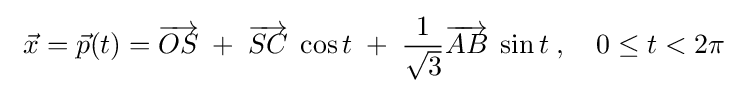
\ {\vec {x}}={\vec {p}}(t)={\overrightarrow {OS}}\;+\;{\overrightarrow {SC}}\;\cos t\;+\;{\frac {1}{\sqrt {3}}}{\overrightarrow {AB}}\;\sin t\;,\quad 0\leq t<2\pi \;